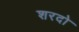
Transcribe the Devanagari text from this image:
शरदो